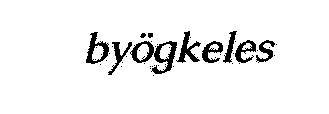
byögkeles